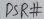
Text: DSR#